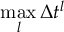
\operatorname* { m a x } _ { l } \Delta t ^ { l }